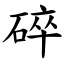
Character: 碎